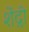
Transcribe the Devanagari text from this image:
शेंद्री